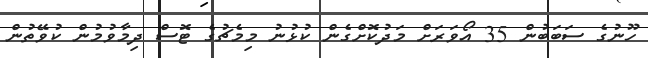
ހޫނުގެ ސަބަބުން 35 އޯވަރަށް މަދުކޮށްގެން ކުޅުނު މިމެޗުގެ ޓޮސް ދިމާވުމުން ކުވޭތުން